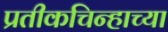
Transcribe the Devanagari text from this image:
प्रतीकचिन्हाच्या